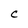
Character: C